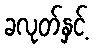
ခလုတ်နှင့်